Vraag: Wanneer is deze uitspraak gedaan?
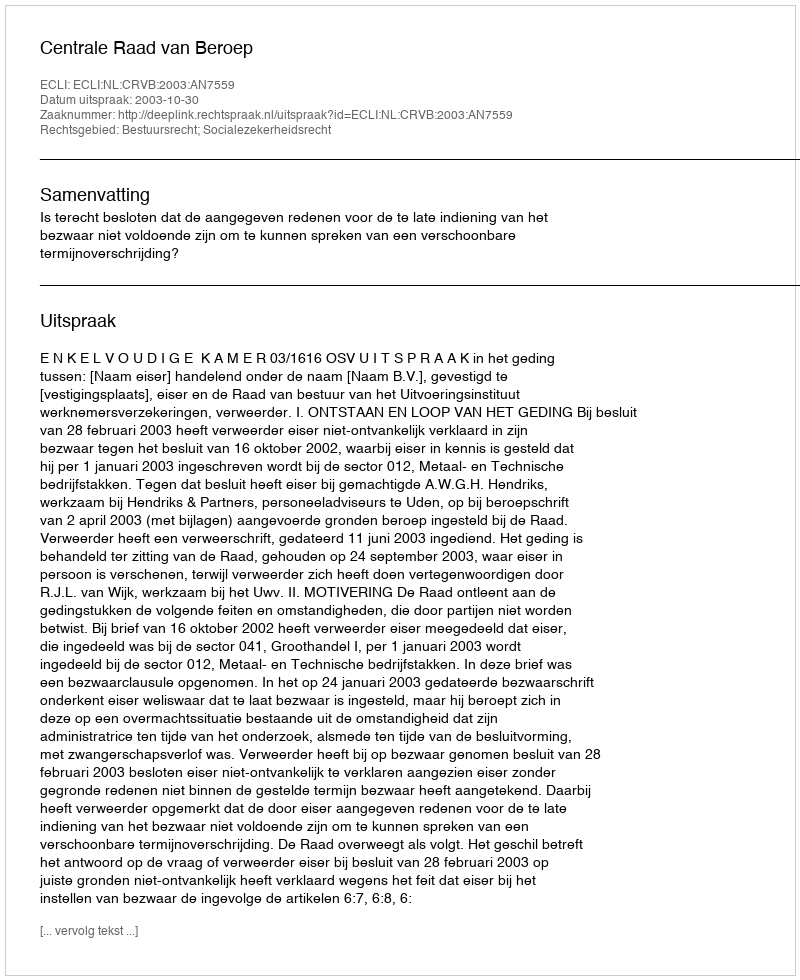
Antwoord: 2003-10-30